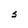
Character: S